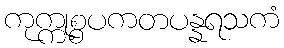
ကုက္ကုစ္စပကတပန္နရသကံ